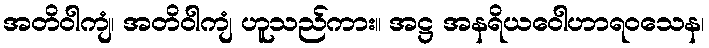
အတိဝါကျံ၊ အတိဝါကျံ ဟူသည်ကား။ အဋ္ဌ အနရိယဝေါဟာရဝသေန၊